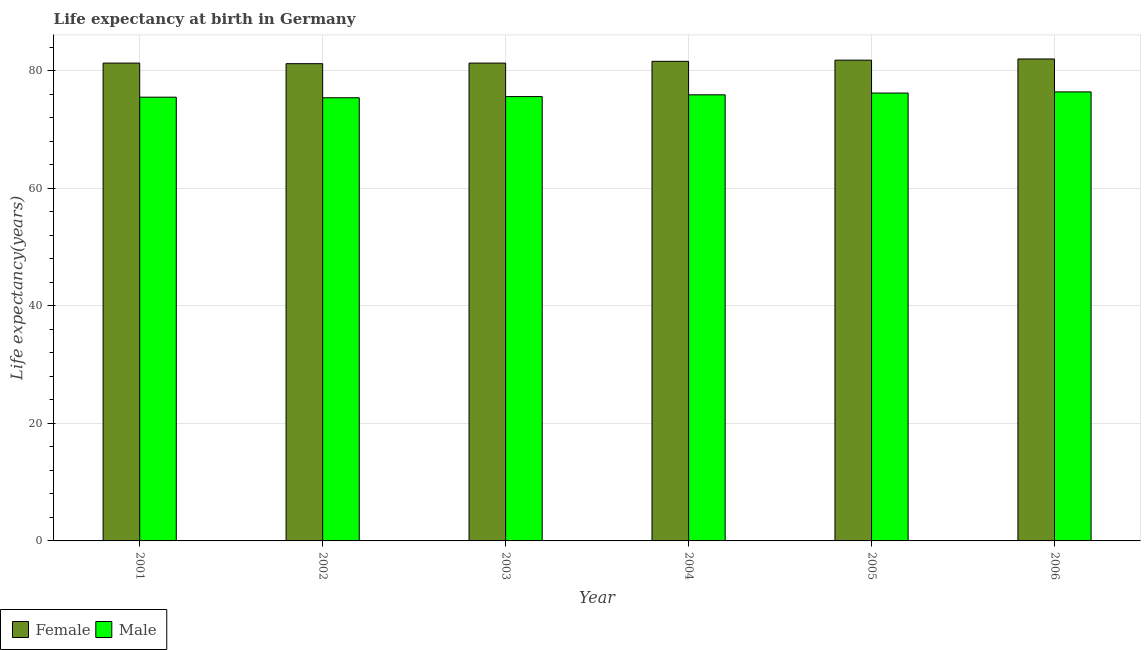
| Year | Female | Male |
 | --- | --- | --- |
 | 2001 | 81.3 | 75.5 |
 | 2002 | 81.2 | 75.4 |
 | 2003 | 81.3 | 75.6 |
 | 2004 | 81.6 | 75.9 |
 | 2005 | 81.8 | 76.2 |
 | 2006 | 82 | 76.4 |